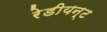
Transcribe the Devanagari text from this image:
रेडीयन्ट